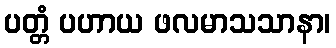
ပတ္တံ ပဟာယ ဖလမာသသာနာ၊